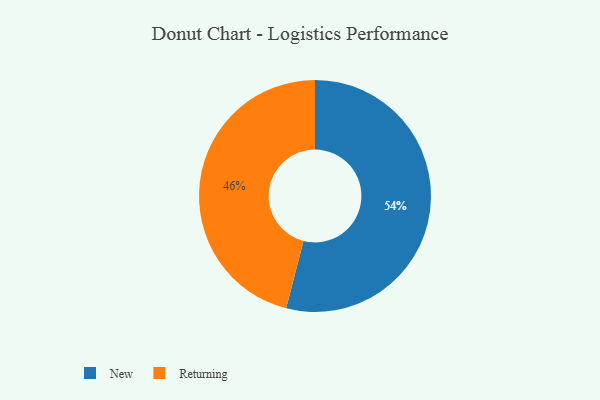
{"axis": {"x": "Category", "y": "Percentage"}, "legend": ["New", "Returning"], "data": [{"x": "New", "y": 54, "type": "New"}, {"x": "Returning", "y": 46, "type": "Returning"}]}